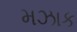
મઝાક